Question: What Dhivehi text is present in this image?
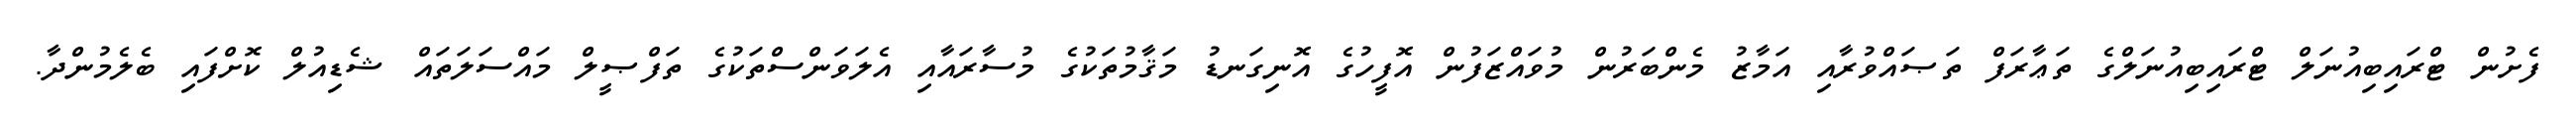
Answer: ފެށުން ޓްރައިބިއުނަލް ޓްރައިބިއުނަލްގެ ތަޢާރަފް ތަޞައްވުރާއި އަމާޒު މެންބަރުން މުވައްޒަފުން އޮފީހުގެ އޮނިގަނޑު މަޤާމުތަކުގެ މުސާރައާއި އެލަވަންސްތަކުގެ ތަފްޞީލް މައްސަލަތައް ޝެޑިއުލް ކޮށްފައި ބެލެމުންދާ.